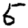
Digit: 5